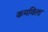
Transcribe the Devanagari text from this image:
कमविला